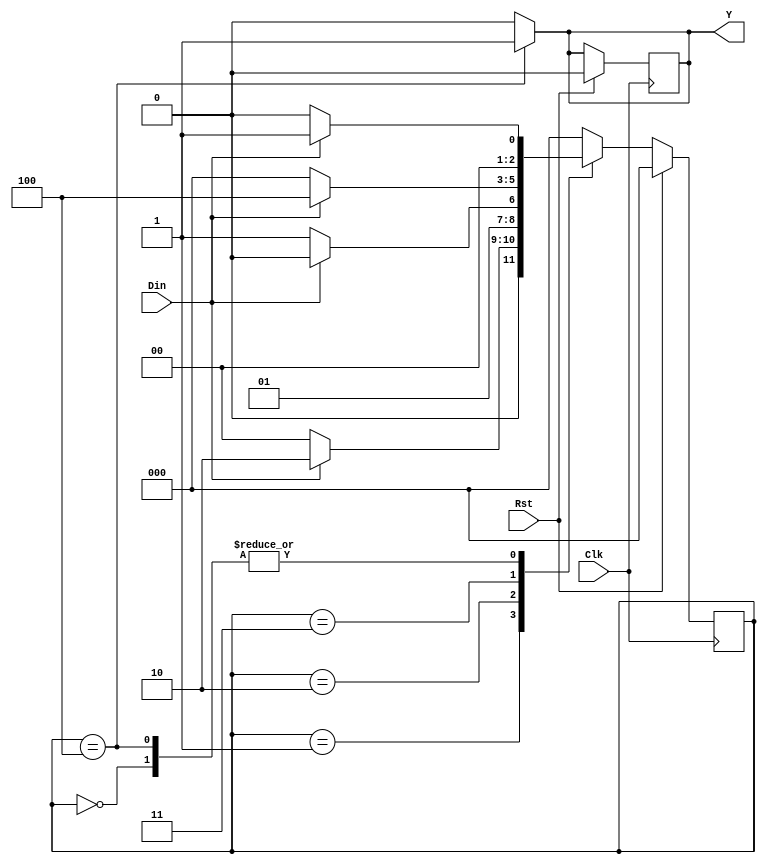
module moore_1101(Clk,Rst,Din,Y);
	input Clk,Rst,Din;
	output reg Y;
	reg [2:0] curr_state;
	reg [2:0] next_state;
	parameter s0 = 3'b000;
	parameter s1 = 3'b001;
	parameter s2 = 3'b010;
	parameter s3 = 3'b011;
	parameter s4 = 3'b100;
	always @(posedge Clk)
		begin
			if(Rst)
				begin
					curr_state <= s0;
					Y <= 1'b0;
				end
			else
				begin
					curr_state <= next_state;
				end
		end
	always @(curr_state,Din)
		begin
			case(curr_state)
			s0 : begin
					if(Din)
						next_state = s1;
					else
						next_state = s0;
				end
			s1 : begin
					if(Din)
						next_state = s2;
					else
						next_state = s0;
				end
			s2 : begin
					if(Din)
						next_state = s2;
					else
						next_state = s3;
				end
			s3 : begin
					if(Din)
						next_state = s4;
					else
						next_state = s0;
				end
			s4 : begin
					if(Din)
						next_state = s1;
					else
						next_state = s0;
				end
			default : begin
						next_state = s0;
					end
			endcase
		end
	always @(curr_state)
		begin
			case(curr_state)
			s0 : Y = 1'b0;
			s1 : Y = 1'b0;
			s2 : Y = 1'b0;
			s3 : Y = 1'b0;
			s4 : Y = 1'b1;
			default : Y = 1'b0;
			endcase
		end
endmodule